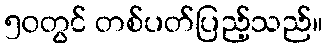
၅၀တွင် တစ်ပတ်ပြည့်သည်။